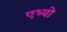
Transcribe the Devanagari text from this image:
एभ्यो